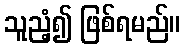
သူညံ့၍ ဖြစ်ရမည်။